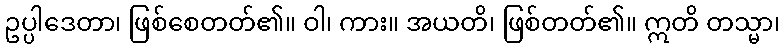
ဥပ္ပါဒေတာ၊ ဖြစ်စေတတ်၏။ ဝါ၊ ကား။ အယတိ၊ ဖြစ်တတ်၏။ ဣတိ တသ္မာ၊